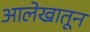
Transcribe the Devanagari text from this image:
आलेखातून